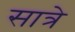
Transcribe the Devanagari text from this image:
सात्रे